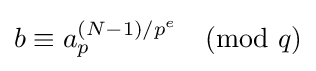
b\equiv a_{p}^{(N-1)/p^{e}}{\pmod {q}}